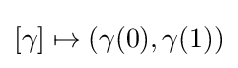
[\gamma ]\mapsto (\gamma (0),\gamma (1))